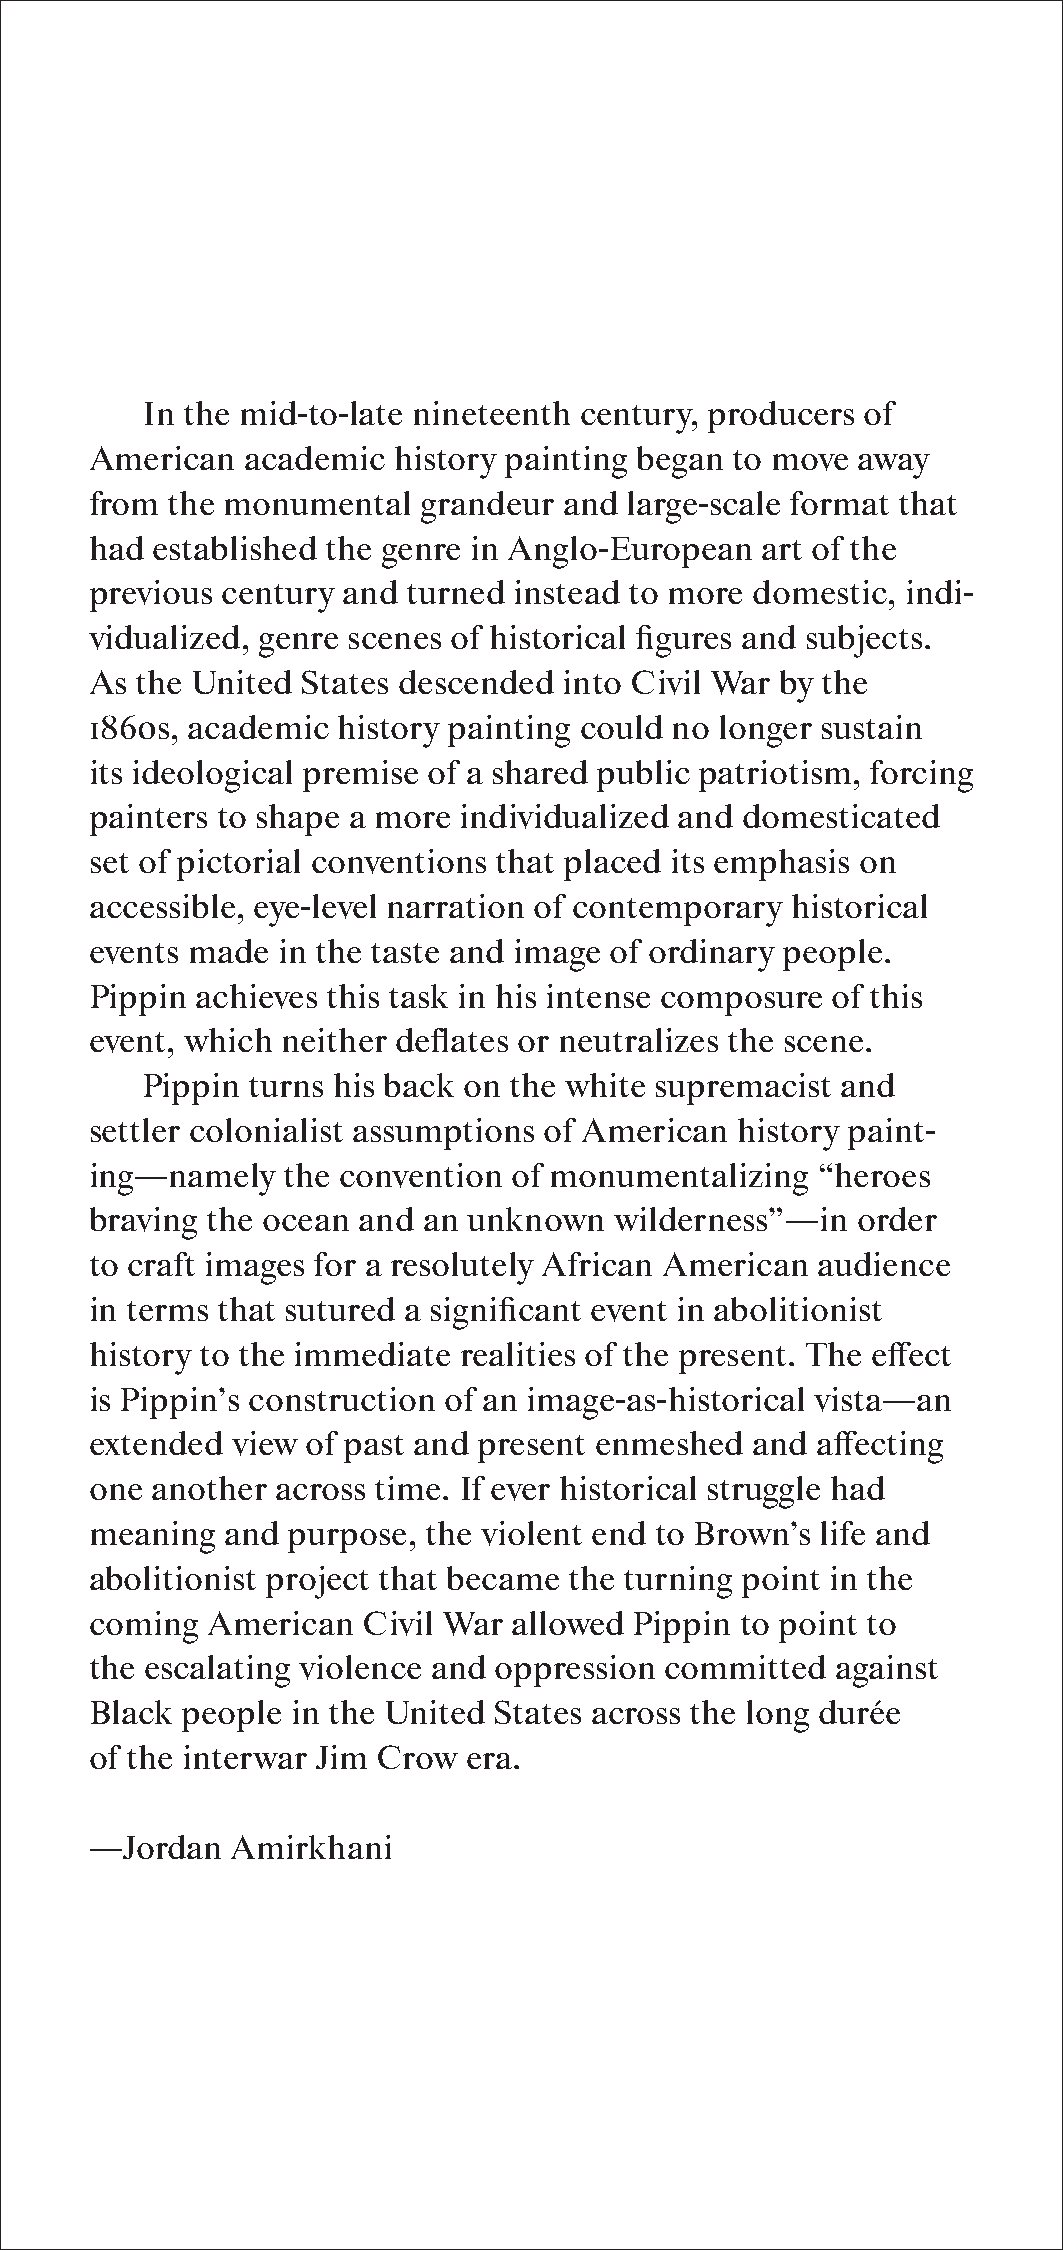
In the mid-to-late nineteenth century, producers of
 American  academic  history painting began to move away
 from the monumental   grandeur and  large-scale format that
 had established the genre in Anglo-European art of the
 previous century and turned instead to more domestic, indi-
 vidualized, genre scenes of historical figures and subjects.
 As the United States descended into Civil War by the
 1860s, academic history painting could no longer sustain
 its ideological premise of a shared public patriotism, forcing
 painters to shape a more individualized and domesticated
 set of pictorial conventions that placed its emphasis on
 accessible, eye-level narration of contemporary historical
 events made in the taste and image of ordinary people.
 Pippin achieves this task in his intense composure of this
 event, which neither deflates or neutralizes the scene.
 Pippin turns his back on the white supremacist and
 settler colonialist assumptions of American history paint-
 ing—namely   the convention of monumentalizing  “heroes
 braving the ocean and an unknown   wilderness”—in  order
 to craft images for a resolutely African American audience
 in terms that sutured a significant event in abolitionist
 history to the immediate realities of the present. The effect
 is Pippin’s construction of an image-as-historical vista—an
 extended view of past and present enmeshed  and affecting
 one another across time. If ever historical struggle had
 meaning  and purpose, the violent end to Brown’s life and
 abolitionist project that became the turning point in the
 coming  American  Civil War allowed Pippin to point to
 the escalating violence and oppression committed against
 Black people in the United States across the long durée
 of the interwar Jim Crow era.
 —Jordan  Amirkhani